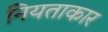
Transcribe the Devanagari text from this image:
नियताकार